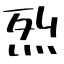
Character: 烈